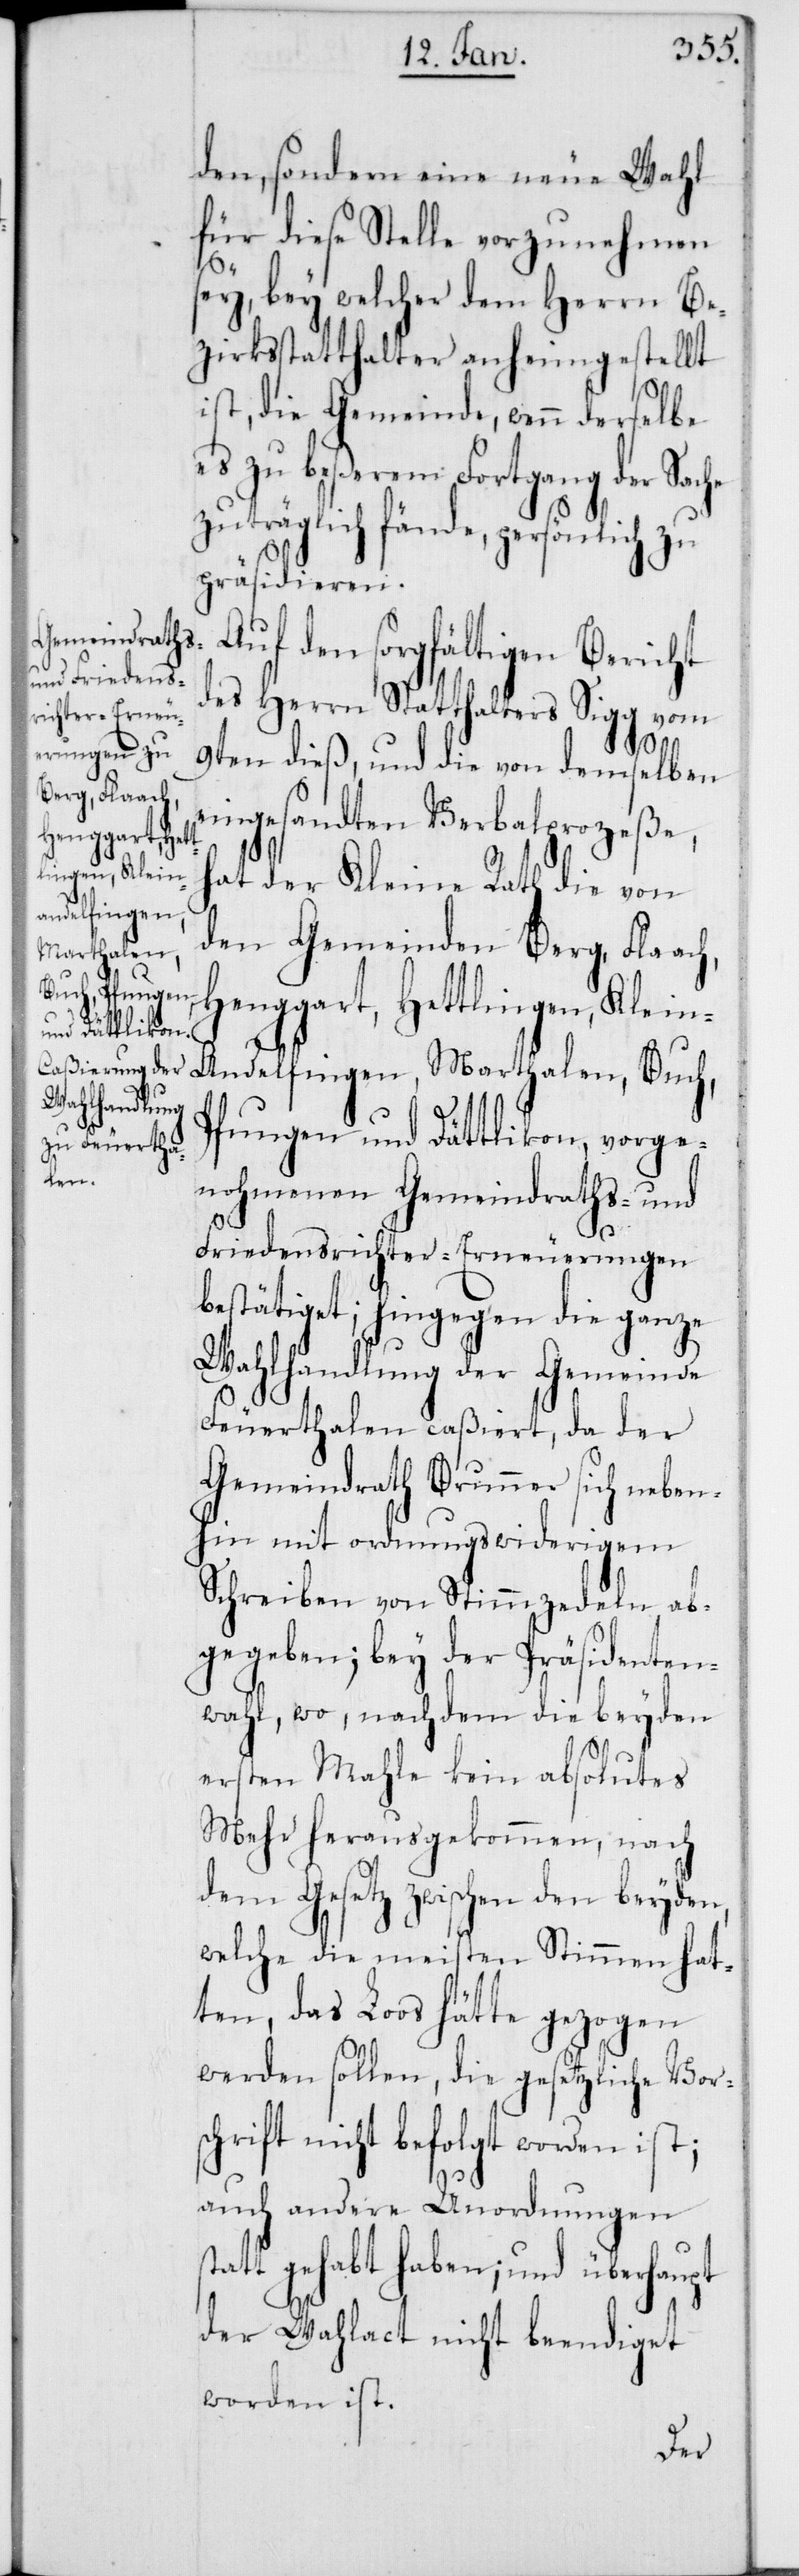
den, sondern eine neue Wahl
für diese Stelle vorzunehmen
sey, bey welcher dem Herrn Be¬
zirksstatthalter anheimgestellt
ist, die Gemeinde, wenn derselbe
es zu beßerem Fortgang der Sac¬
zuträglich fände, persönlich zu
präsidieren.
Auf den sorgfältigen Bericht
des Herrn Statthalters Sigg vom
h,
9ten dieß, und die von demselben
eingesandten Verbalprozeße,
hat der Kleine Rath die von
den Gemeinden Berg, Flaac¬
Henggart, Hettlingen, Klei¬
n-Andelfingen, Marthalen, Buch,
Pfungen und Dättlikon vorge¬
nohmenen Gemeindraths- und
Friedensrichter-Erneuerungen
bestätiget; hingegen die ganze
Wahlhandlung der Gemeinde
Feuerthalen caßiert, da der
Gemeindrath Brunner sich neben¬
hin mit ordnungswidrigem
Schreiben von Stimmzedeln ab¬
gegeben; bey der Präsidenten¬
wahl, wo, nachdem die beyden
ersten Mahle kein absolutes
Mehr herausgekommen, nach
dem Gesetz zwischen den beyden,
welche die meisten Stimmen hat¬
ten, das Loos hätte gezogen
werden sollen, die gesetzliche Vors¬
chrift nicht befolgt worden ist;
auch andere Unordnungen
statt gehabt haben; und überhaupt
der Wahlact nicht beendiget
worden ist.